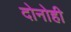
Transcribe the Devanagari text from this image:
दोनोही